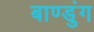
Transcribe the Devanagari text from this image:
बाण्डुंग